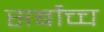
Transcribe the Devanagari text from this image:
सर्बोच्च